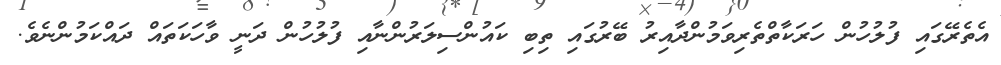
އެތެރޭގައި ފުލުހުން ހަރަކާތްތެރިވަމުންދާއިރު ބޭރުގައި ތިބި ކައުންސިލަރުންނާއި ފުލުހުން ދަނީ ވާހަކަތައް ދައްކަމުންނެވެ.